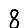
Digit: 8